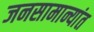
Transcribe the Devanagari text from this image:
जनसामान्यांत